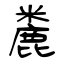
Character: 麊